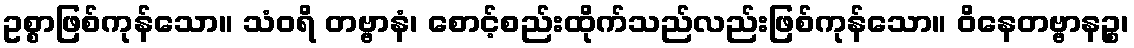
ဥစ္စာဖြစ်ကုန်သော။ သံဝရိ တဗ္ဗာနံ၊ စောင့်စည်းထိုက်သည်လည်းဖြစ်ကုန်သော။ ဝိနေတဗ္ဗာနဉ္စ၊